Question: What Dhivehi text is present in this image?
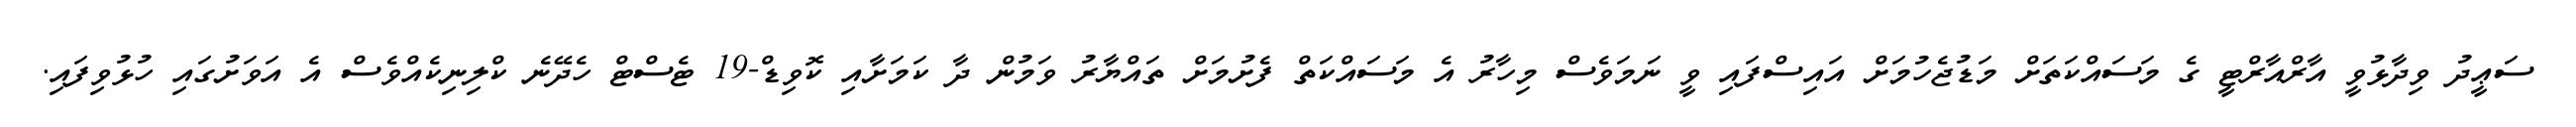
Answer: ސަޢީދު ވިދާޅުވީ އާރްއާރްޓީ ގެ މަސައްކަތަށް މަޑުޖެހުމަށް އައިސްފައި ވީ ނަމަވެސް މިހާރު އެ މަސައްކަތް ފެށުމަށް ތައްޔާރު ވަމުން ދާ ކަމަށާއި ކޮވިޑް-19 ޓެސްޓް ހެދޭނެ ކްލިނިކެއްވެސް އެ އަވަށުގައި ހުޅުވިފައި.